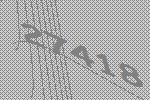
27418